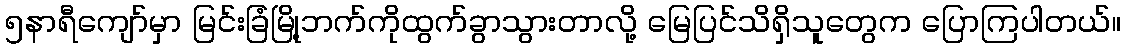
၅နာရီကျော်မှာ မြင်းခြံမြို့ဘက်ကိုထွက်ခွာသွားတာလို့ မြေပြင်သိရှိသူတွေက ပြောကြပါတယ်။